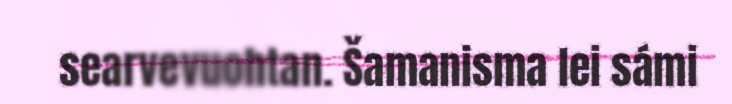
searvevuohtan. Šamanisma lei sámi